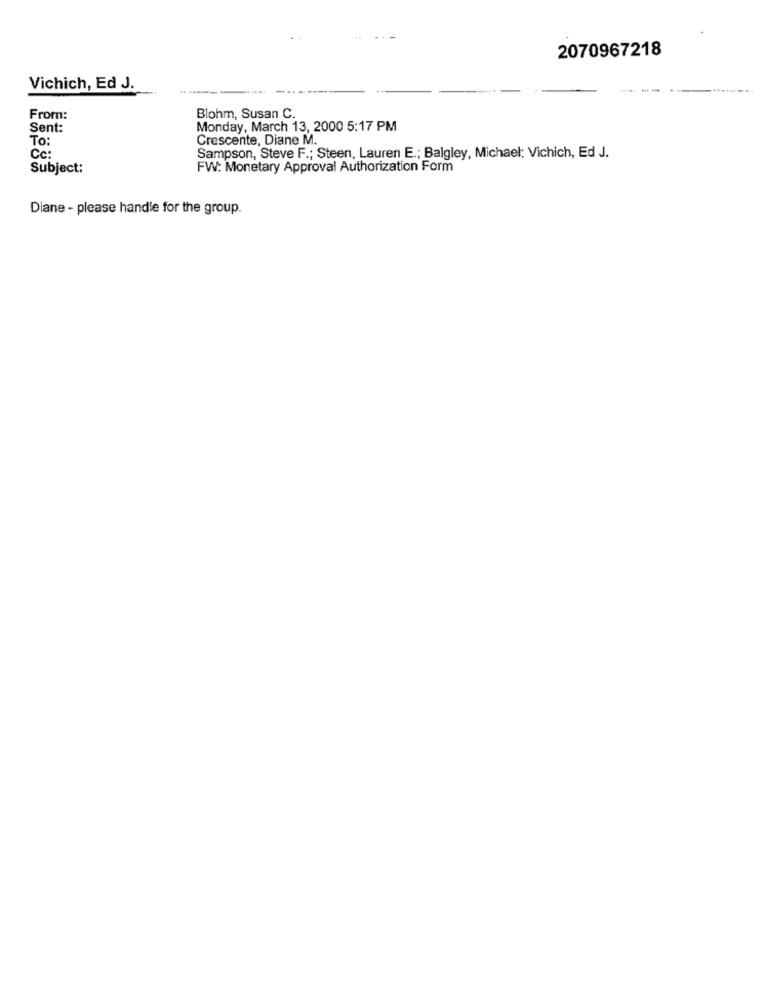
2070967218
Vichich, Ed J.
From:
Blohm, Susan C.
Sent:
Monday, March 13, 2000 5:17 PM
To:
Crescente, Diane M.
Cc:
Sampson, Steve F .; Steen, Lauren E .; Balgley, Michael: Vichich, Ed J.
Subject:
FW: Monetary Approval Authorization Form
Diane - please handle for the group.